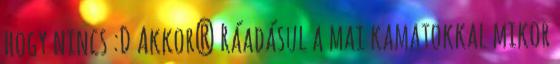
hogy nincs :D Akkor? Ráadásul a mai kamatokkal mikor